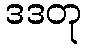
ဒဒတု